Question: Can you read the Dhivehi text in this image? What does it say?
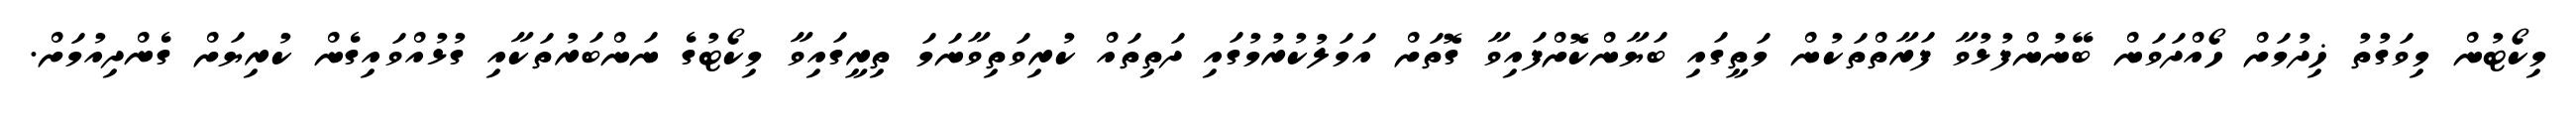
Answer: މިކޯޓުން މިވަގުތު ޚިދުމަށް ހޯއްދަވަން ބޭނުންފުޅުވާ ފަރާތްތަކުން މަތީގައި ބަޔާންކޮށްފައިވާ ގޮތަށް އަމަލުކުރުމުގައި ދަތިތައް ކުރިވަތިވާނަމަ ތިރީގައިވާ މިކޯޓުގެ ނަންބަރުތަކާއި ގުޅުއްވައިގެން ކުރިޔަށް ގެންދިއުމަށް.